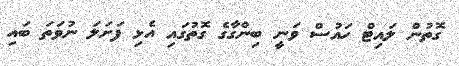
ގޮތުން ލައިޓް ހައުސް ވަނީ ބިންގާގެ ގޮތުގައި އެޅި ފަށަލަ ނުވަތަ ބައި